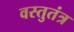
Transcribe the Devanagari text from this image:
वस्तुतंत्र